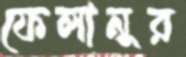
ফেলানুর